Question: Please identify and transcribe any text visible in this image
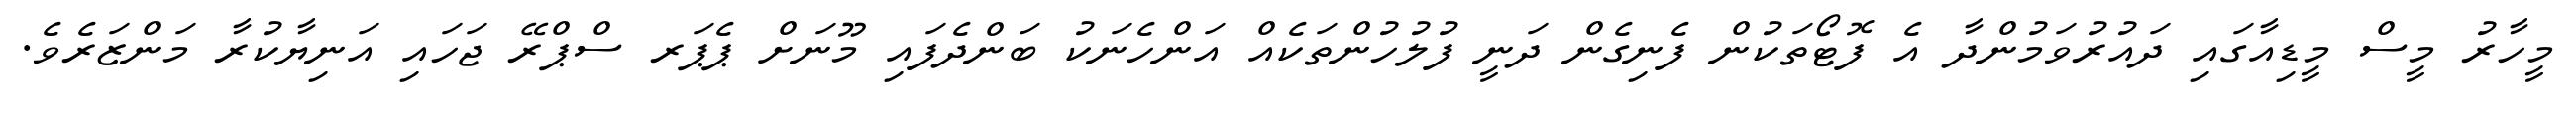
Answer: މީހާރު މީސް މީޑިއާގައި ދައުރުވަމުންދާ އެ ފޮޓޯތަކުން ފެނިގެން ދަނީ ފުލުހުންތަކެއް އަންހެނަކު ބަންދެފައި މޫނަށް ޕެޕަރ ސްޕްރޭ ޖަހައި އަނިޔާކުރާ މަންޒަރެވެ.